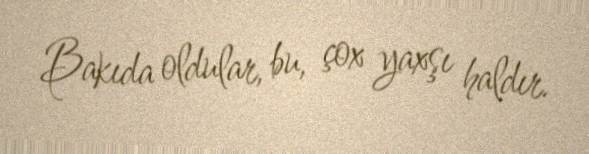
Bakıda oldular, bu, çox yaxşı haldır.